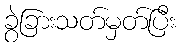
ခွဲခြားသတ်မှတ်ပြီး